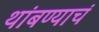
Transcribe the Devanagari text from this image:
थांबण्याचं